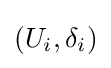
(U_{i},\delta _{i})